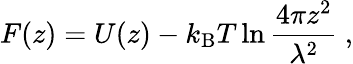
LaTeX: F(z)=U(z)-k_{\mathrm{B}}T\ln\frac{4\pi z^{2}}{\lambda^{2}}\ ,